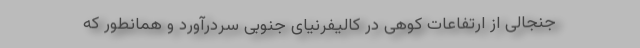
جنجالی از ارتفاعات کوهی در کالیفرنیای جنوبی سردرآورد و همانطور که